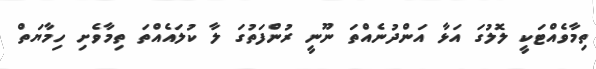
ތިމާވެއްޓަކީ ލޮލުގަ އަޅާ އަންދުނެއްތަ ނޫނީ ރުންފަތުގަ ލާ ކުލައެއްތަ ތިމާވެށި ހިމާޔަތް